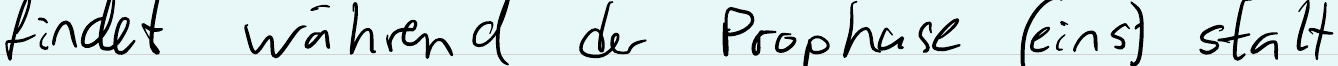
findet während der Prophase (eins) statt